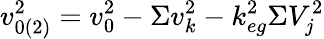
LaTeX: v_{0(2)}^{2}=v_{0}^{2}-\Sigma v_{k}^{2}-k_{eg}^{2}\Sigma V_{j}^{2}